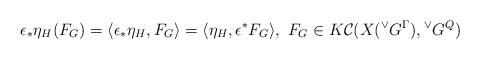
LaTeX: \begin{align*} \epsilon_{*}\eta_{H}( F_{G}) = \langle \epsilon_{*}\eta_{H},F_{G}\rangle= \langle \eta_{H}, \epsilon^{*}F_{G} \rangle , \ F_{G}\in K\mathcal{C}(X({^\vee}G^{\Gamma}), {^\vee}G^{Q})\end{align*}